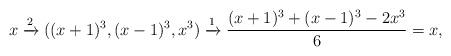
LaTeX: \begin{align*}x\xrightarrow{2} ((x+1)^3, (x-1)^3, x^3)\xrightarrow{1} \frac{(x+1)^3 + (x-1)^3-2x^3}{6}=x,\end{align*}